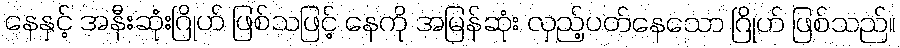
နေနှင့် အနီးဆုံးဂြိုဟ် ဖြစ်သဖြင့် နေကို အမြန်ဆုံး လှည့်ပတ်နေသော ဂြိုဟ် ဖြစ်သည်။